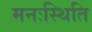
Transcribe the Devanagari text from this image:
मनःस्‍थिति